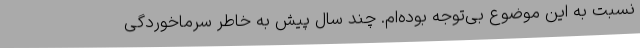
نسبت به این موضوع بی‌توجه بوده‌ام. چند سال پیش به خاطر سرماخوردگی